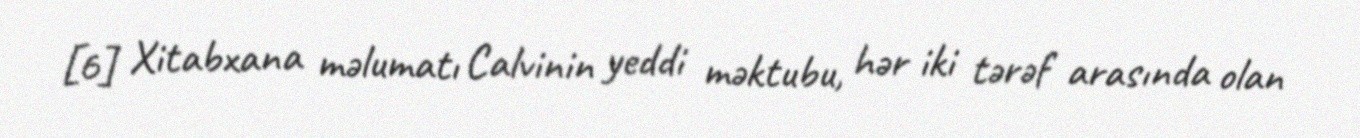
[6] Xitabxana məlumatı Calvinin yeddi məktubu, hər iki tərəf arasında olan